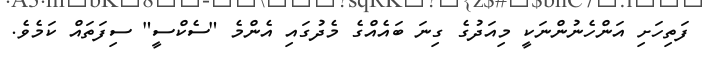
ފަތިހަށި އަންހެނުންނަކީ މިއަދުގެ ގިނަ ބައެއްގެ މެދުގައި އެންމެ "ސެކްސީ" ސިފަތައް ކަމެވެ.